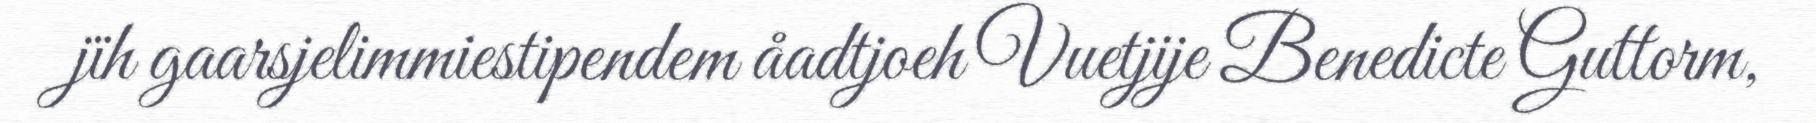
jïh gaarsjelimmiestipendem åadtjoeh Vuetjije Benedicte Guttorm,